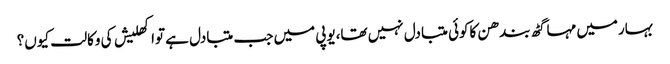
بہارمیں مہاگٹھ بندھن کاکوئی متبادل نہیں تھا،یوپی میں جب متبادل ہے تواکھلیش کی وکالت کیوں؟